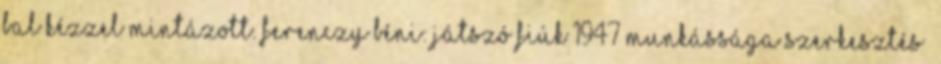
bal kézzel mintázott. Ferenczy Béni: Játszó fiúk 1947 Munkássága szerkesztés